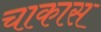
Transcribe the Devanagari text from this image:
चाकास